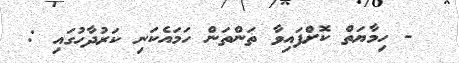
- ހިމާޔަތް ކޮށްފައިވާ ތަންތަން ހަމައެކަނި ކަރުދާހުގައި :